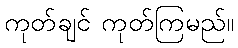
ကုတ်ချင် ကုတ်ကြမည်။